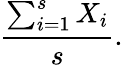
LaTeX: \frac{\sum_{i=1}^{s}X_{i}}{s}.